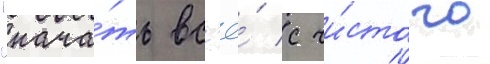
"нача́ть вс'ё́ с чи́стого